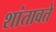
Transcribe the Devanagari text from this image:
शांतावते